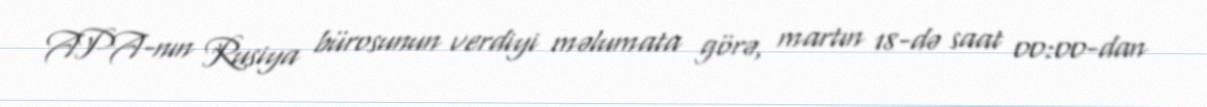
APA-nın Rusiya bürosunun verdiyi məlumata görə, martın 18-də saat 00:00-dan